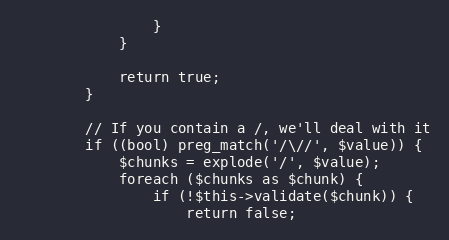
Language: PHP
                }
            }

            return true;
        }

        // If you contain a /, we'll deal with it
        if ((bool) preg_match('/\//', $value)) {
            $chunks = explode('/', $value);
            foreach ($chunks as $chunk) {
                if (!$this->validate($chunk)) {
                    return false;